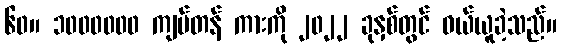
၆၀။ ၁၀၀၀၀၀၀ ကျပ်တန် ကားကို ၂၀၂၂ ခုနှစ်တွင် ဝယ်ယူခဲ့သည်။